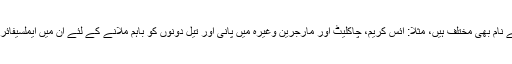
ان مقاصد کے اعتبار سے ان کے نام بھی مختلف ہیں، مثلا:ً آئس کریم، چاکلیٹ اور مارجرین وغیرہ میں پانی اور تیل دونوں کو باہم ملانے کے لئے ان میں ایملسیفائر (Emulsifier) ملایا جاتا ہے۔